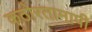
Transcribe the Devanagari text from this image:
कठोरतामापी